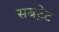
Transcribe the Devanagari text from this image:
सबट्रेट